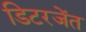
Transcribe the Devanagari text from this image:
डिटरजेंत